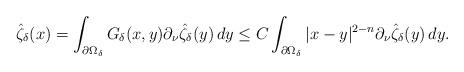
LaTeX: \begin{align*}\hat \zeta_\delta(x)=\int_{\partial \Omega_\delta} G_\delta(x,y)\partial_\nu \hat \zeta_\delta(y)\, dy\leq C\int_{\partial \Omega_\delta}|x-y|^{2-n}\partial_\nu\hat \zeta_\delta(y)\, dy.\end{align*}